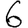
Digit: 6